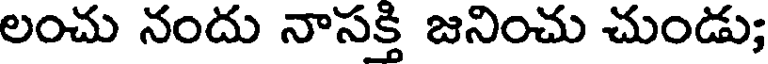
లంచు నందు నాసక్తి జనించు చుండు;